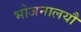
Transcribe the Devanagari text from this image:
भोजनालयौ